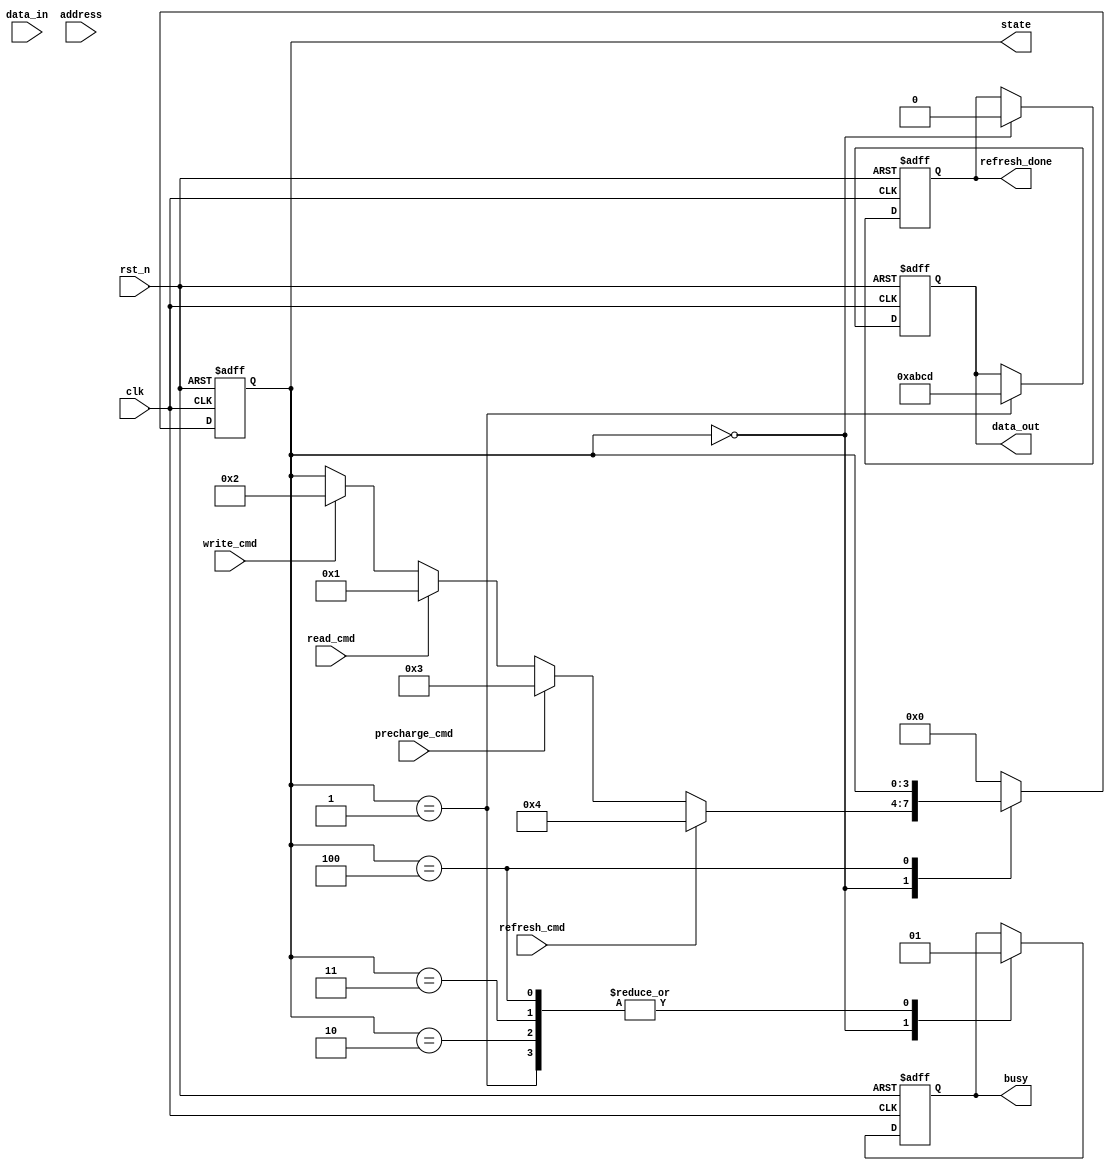
module sdram_io_block (
    input wire clk,
    input wire rst_n,
    input wire [15:0] data_in,
    output reg [15:0] data_out,
    input wire [11:0] address,
    input wire read_cmd,
    input wire write_cmd,
    input wire refresh_cmd,
    input wire precharge_cmd,
    output reg busy,
    output reg refresh_done,
    output reg [3:0] state
);

// State Encoding
localparam IDLE       = 4'b0000;
localparam READ       = 4'b0001;
localparam WRITE      = 4'b0010;
localparam PRECHARGE  = 4'b0011;
localparam REFRESH     = 4'b0100;

// Internal Registers
reg [15:0] data_buffer;
reg [11:0] address_latch;
reg refresh_counter;

// State Machine
always @(posedge clk or negedge rst_n) begin
    if (!rst_n) begin
        state <= IDLE;
        busy <= 0;
        refresh_done <= 0;
        data_out <= 16'b0;
        refresh_counter <= 0;
    end else begin
        case (state)
            IDLE: begin
                busy <= 0;
                refresh_done <= 0;
                if (refresh_cmd) begin
                    state <= REFRESH;
                end else if (precharge_cmd) begin
                    state <= PRECHARGE;
                end else if (read_cmd) begin
                    address_latch <= address;
                    state <= READ;
                end else if (write_cmd) begin
                    address_latch <= address;
                    data_buffer <= data_in;
                    state <= WRITE;
                end
            end
            
            READ: begin
                busy <= 1;
                // Simulate read operation (replace with actual memory read logic)
                data_out <= 16'hABCD; // Placeholder for actual data read from memory
                state <= IDLE; // Go back to idle after read
            end
            
            WRITE: begin
                busy <= 1;
                // Simulate write operation (replace with actual memory write logic)
                // Actual write logic would go here
                state <= IDLE; // Go back to idle after write
            end
            
            PRECHARGE: begin
                busy <= 1;
                // Simulate precharge operation (replace with actual precharge logic)
                state <= IDLE; // Go back to idle after precharge
            end
            
            REFRESH: begin
                busy <= 1;
                // Simulate refresh operation (replace with actual refresh logic)
                refresh_counter <= refresh_counter + 1;
                if (refresh_counter == 3) begin // Simulate refresh duration
                    refresh_done <= 1;
                    state <= IDLE;
                    refresh_counter <= 0;
                end
            end
            
            default: state <= IDLE; // Default case
        endcase
    end
end

endmodule